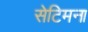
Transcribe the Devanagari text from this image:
सेटिमना